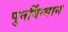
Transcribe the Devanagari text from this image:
पुनर्विन्यान